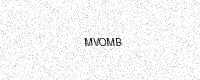
Text: MVOMB